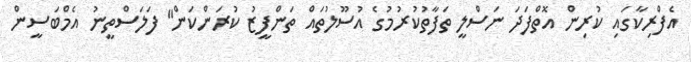
އެފްރިކާގައި ކުރިން އޮތްފަދަ ނަސްލީ ތަފާތުކުރުމުގެ އުސޫލުތައް ތަންފީޒު ކުރަންކަން" ފަލަސްތީނު އެމްބަސީން